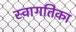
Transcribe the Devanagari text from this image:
स्वागतिका